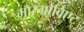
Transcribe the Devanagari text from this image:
मारग्राविएट